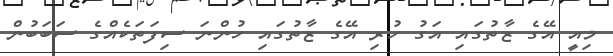
މިއީ އޭގެ ޒާތުގައި އަގު ހުރި އޭގެ ޒާތުގައި ހުންނަ ސިފަތަކެއްގެ ސަބަބުން